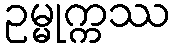
ဥမ္မုက္ကဿ